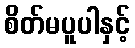
စိတ်မပူပါနှင့်